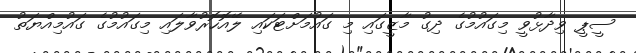
ސީޕީ ވިދާޅުވީ މިގައުމުގެ ދިގު މާޒީގައި މި ގައުމަށްޓަކައި ލޭއޮހޮރުވާލައި މިގައުމުގެ ގައުމިއްޔަތު